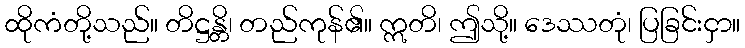
ထိုကံတို့သည်။ တိဋ္ဌန္တိ၊ တည်ကုန်၏။ ဣတိ၊ ဤသို့။ ဒေဿတုံ၊ ပြခြင်းငှာ။